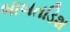
બાબતડિશ